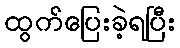
ထွက်ပြေးခဲ့ရပြီး